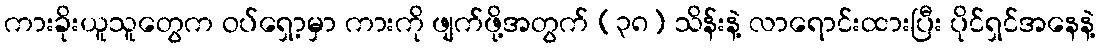
ကားခိုးယူသူတွေက ဝပ်ရှော့မှာ ကားကို ဖျက်ဖို့အတွက် (၃၈) သိန်းနဲ့ လာရောင်းထားပြီး ပိုင်ရှင်အနေနဲ့